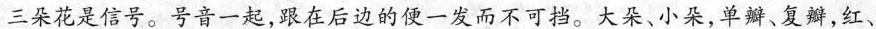
三朵花是信号。号音一起，跟在后边的便一发而不可挡。大朵、小朵，单瓣、复瓣，红、